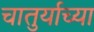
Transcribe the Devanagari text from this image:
चातुर्याच्या